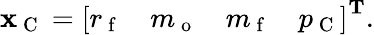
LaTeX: \mathbf{x}_{\mathrm{~C~}}=\left[\begin{array}{llll}{r_{\mathrm{~f~}}}&{m_{\mathrm{~o~}}}&{m_{\mathrm{~f~}}}&{p_{\mathrm{~C~}}}\end{array}\right]^{\mathbf{T}}.